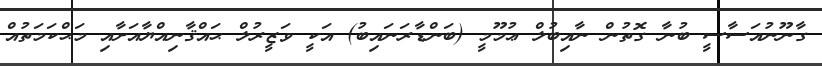
ގާނޫނުއަސާސީ ބުނާ ގޮތުން ނާއިބުލް ޢުމޫމީ (ބަންޑާރަނައިބު) އަކީ ވަޒީރުލް ޙައްޤާނިއްޔާއަށާއި މަޙްކަމަތުއް